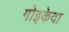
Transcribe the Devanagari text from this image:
गोइकेदा